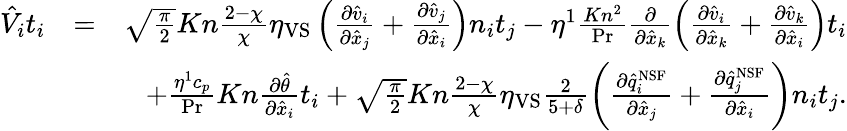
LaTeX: \begin{array}{rlr}{\hat{V}_{i}t_{i}}&{=}&{\sqrt{\frac{\pi}{2}}Kn\frac{2-\chi}{\chi}\eta_{\mathrm{VS}}\left(\frac{\partial\hat{v}_{i}}{\partial\hat{x}_{j}}+\frac{\partial\hat{v}_{j}}{\partial\hat{x}_{i}}\right)n_{i}t_{j}-\eta^{1}\frac{Kn^{2}}{\operatorname*{Pr}}\frac{\partial}{\partial\hat{x}_{k}}\left(\frac{\partial\hat{v}_{i}}{\partial\hat{x}_{k}}+\frac{\partial\hat{v}_{k}}{\partial\hat{x}_{i}}\right)t_{i}}\\ &{}&{+\frac{\eta^{1}c_{p}}{\operatorname*{Pr}}Kn\frac{\partial\hat{\theta}}{\partial\hat{x}_{i}}t_{i}+\sqrt{\frac{\pi}{2}}Kn\frac{2-\chi}{\chi}\eta_{\mathrm{VS}}\frac{2}{5+\delta}\left(\frac{\partial\hat{q}_{i}^{\mathrm{NSF}}}{\partial\hat{x}_{j}}+\frac{\partial\hat{q}_{j}^{\mathrm{NSF}}}{\partial\hat{x}_{i}}\right)n_{i}t_{j}\mathrm{.}}\end{array}